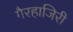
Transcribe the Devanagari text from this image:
गैरहाजिरी